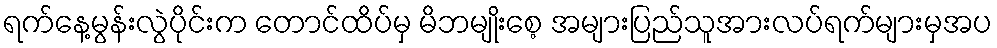
ရက်နေ့မွန်းလွဲပိုင်းက တောင်ထိပ်မှ မိဘမျိုးစေ့ အများပြည်သူအားလပ်ရက်များမှအပ